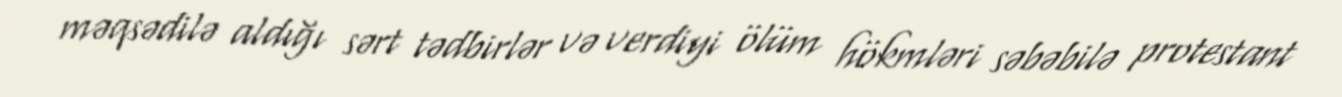
məqsədilə aldığı sərt tədbirlər və verdiyi ölüm hökmləri səbəbilə protestant